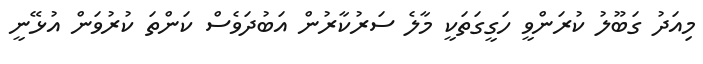
މިއަދު ގަބޫލު ކުރަންވީ ހަގީގަތަކީ މާލެ ސަރުކާރުން އަބުދަވެސް ކަންތަ ކުރުވަން އުޅޭނީ